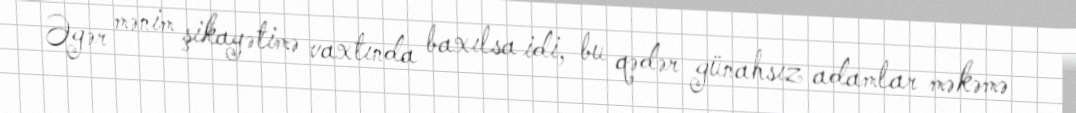
Əgər mənim şikayətimə vaxtında baxılsa idi, bu qədər günahsız adamlar məkəmə